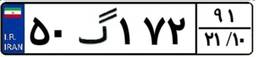
۵۰گ۱۷۲۹۱